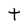
Character: t